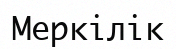
Меркілік